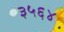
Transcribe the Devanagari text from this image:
३५६४